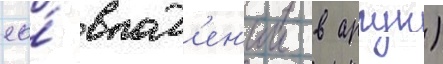
ео́ впад'ен'ии в аргун)